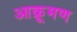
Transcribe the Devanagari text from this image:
आक्रूमण